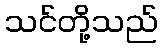
သင်တို့သည်